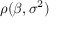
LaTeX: \rho ( { \boldsymbol { \beta } } , \sigma ^ { 2 } )